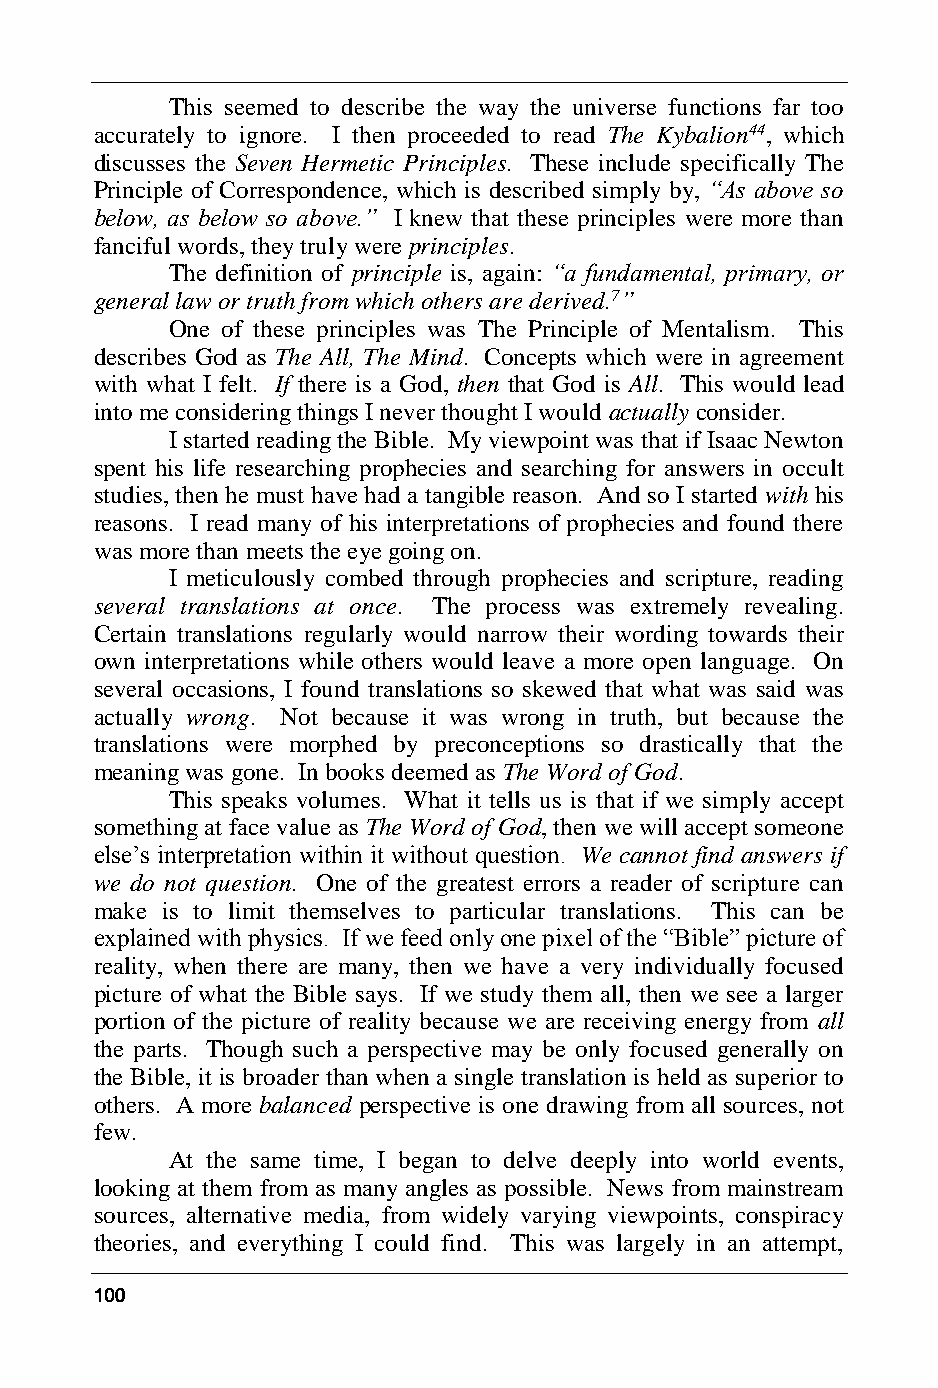
This seemed to describe the way the universe functions far too
 accurately to ignore. I then proceeded to read The Kybalion44, which
 discusses the Seven Hermetic Principles. These include specifically The
 Principle of Correspondence, which is described simply by, “As above so
 below, as below so above.” I knew that these principles were more than
 fanciful words, they truly were principles.
 The definition of principle is, again: “a fundamental, primary, or
 general law or truth from which others are derived.7”
 One of these principles was The Principle of Mentalism. This
 describes God as The All, The Mind. Concepts which were in agreement
 with what I felt. If there is a God, then that God is All. This would lead
 into me considering things I never thought I would actually consider.
 I started reading the Bible. My viewpoint was that if Isaac Newton
 spent his life researching prophecies and searching for answers in occult
 studies, then he must have had a tangible reason. And so I started with his
 reasons. I read many of his interpretations of prophecies and found there
 was more than meets the eye going on.
 I meticulously combed through prophecies and scripture, reading
 several translations at once. The process was extremely revealing.
 Certain translations regularly would narrow their wording towards their
 own interpretations while others would leave a more open language. On
 several occasions, I found translations so skewed that what was said was
 actually wrong. Not because it was wrong in truth, but because the
 translations were morphed by preconceptions so drastically that the
 meaning was gone. In books deemed as The Word of God.
 This speaks volumes. What it tells us is that if we simply accept
 something at face value as The Word of God, then we will accept someone
 else’s interpretation within it without question. We cannot find answers if
 we do not question. One of the greatest errors a reader of scripture can
 make is to limit themselves to particular translations. This can be
 explained with physics. If we feed only one pixel of the “Bible” picture of
 reality, when there are many, then we have a very individually focused
 picture of what the Bible says. If we study them all, then we see a larger
 portion of the picture of reality because we are receiving energy from all
 the parts. Though such a perspective may be only focused generally on
 the Bible, it is broader than when a single translation is held as superior to
 others. A more balanced perspective is one drawing from all sources, not
 few.
 At the same time, I began to delve deeply into world events,
 looking at them from as many angles as possible. News from mainstream
 sources, alternative media, from widely varying viewpoints, conspiracy
 theories, and everything I could find. This was largely in an attempt,
 100